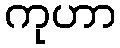
ကုဟာ